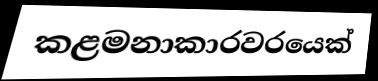
කළමනාකාරවරයෙක්